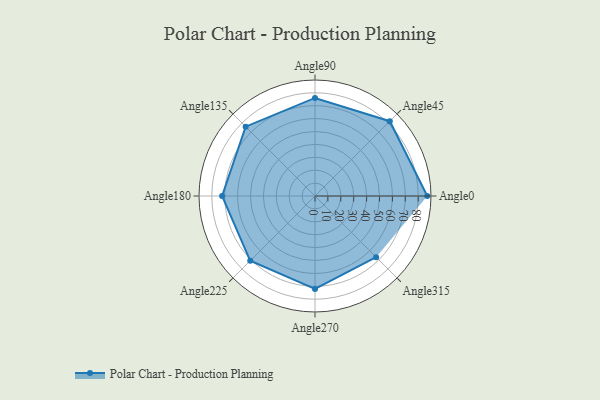
{"axis": {"x": "Angle", "y": "Radius"}, "legend": [""], "data": [{"x": "Angle0", "y": 87.0, "type": ""}, {"x": "Angle45", "y": 82.0, "type": ""}, {"x": "Angle90", "y": 76.0, "type": ""}, {"x": "Angle135", "y": 76.0, "type": ""}, {"x": "Angle180", "y": 72.0, "type": ""}, {"x": "Angle225", "y": 71.0, "type": ""}, {"x": "Angle270", "y": 72.0, "type": ""}, {"x": "Angle315", "y": 67.0, "type": ""}]}